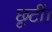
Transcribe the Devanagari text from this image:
छूटीं।